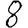
Digit: 8